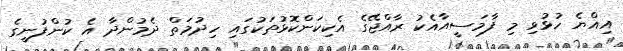
އިއްޔެ ހުޅުވި މި ފާމަސީއާއެކު ރާއްޖޭގެ އެކިކަންކޮޅުތަކުގައި ހިދުމަތް ދެމުންދާ އެ ކުންފުނީގެ